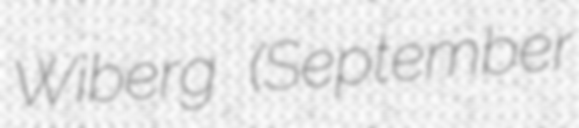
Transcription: Wiberg (September